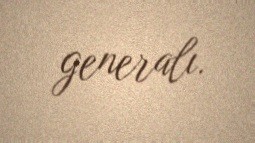
generalı.